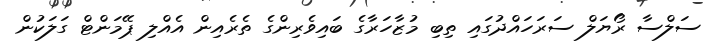
ސަލްސާ ރޯޔަލް ސަރަހައްދުގައި ތިބި މުޒާހަރާގެ ބައިވެރިންގެ ތެރެއިން އެއްލި ޕޭމަންޓް ގަލަކުން